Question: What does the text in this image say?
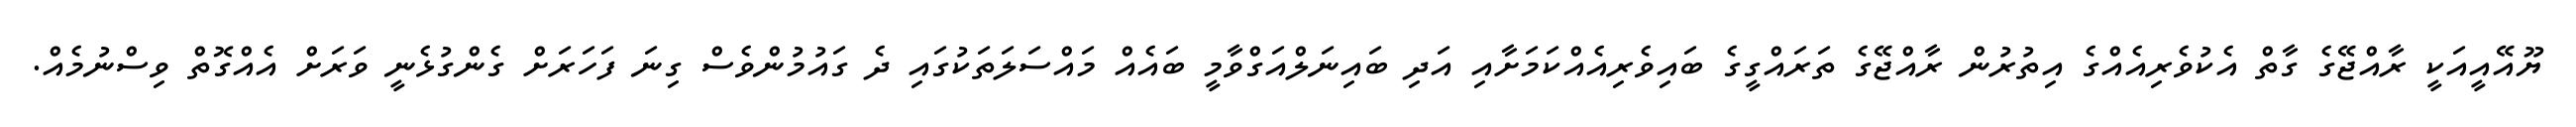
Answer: ޔޫއޭއީއަކީ ރާއްޖޭގެ ގާތް އެކުވެރިއެއްގެ އިތުރުން ރާއްޖޭގެ ތަރައްގީގެ ބައިވެރިއެއްކަމަށާއި އަދި ބައިނަލްއަގްވާމީ ބައެއް މައްސަލަތަކުގައި ދެ ގައުމުންވެސް ގިނަ ފަހަރަށް ގެންގުޅެނީ ވަރަށް އެއްގޮތް ވިސްނުމެއް.